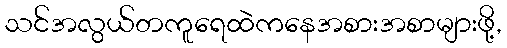
သင်အလွယ်တကူရေထဲကနေအစားအစာများဖို့,